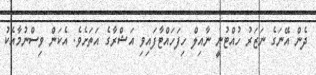
ދެން އޭނަގެ ނަޒަރު ހުއްޓުނީ ނާއިލް ހިފަހައްޓާފައިވި އަޝްރާގެ އަތަށެވެ. އެކަން ވިސްނުމާއެކު